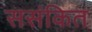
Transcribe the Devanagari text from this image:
ससंकित